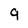
Character: 9